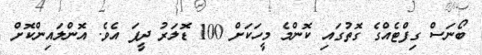
ބޯނަސް ގިފްޓެއްގެ ގޮތުގައި ކޮންމެ މީހަކަށް 100 ޑޮލަރު ދީފަ އެވެ. އޮންލައިންކޮށް